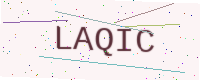
Text: LAQIC